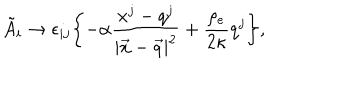
LaTeX: \tilde { A } _ { i } \rightarrow \epsilon _ { i j } \biggl \{ - \alpha \frac { x ^ { j } - q ^ { j } } { | \vec { x } - \vec { q } | ^ { 2 } } + \frac { \rho _ { e } } { 2 \kappa } q ^ { j } \biggr \} ,